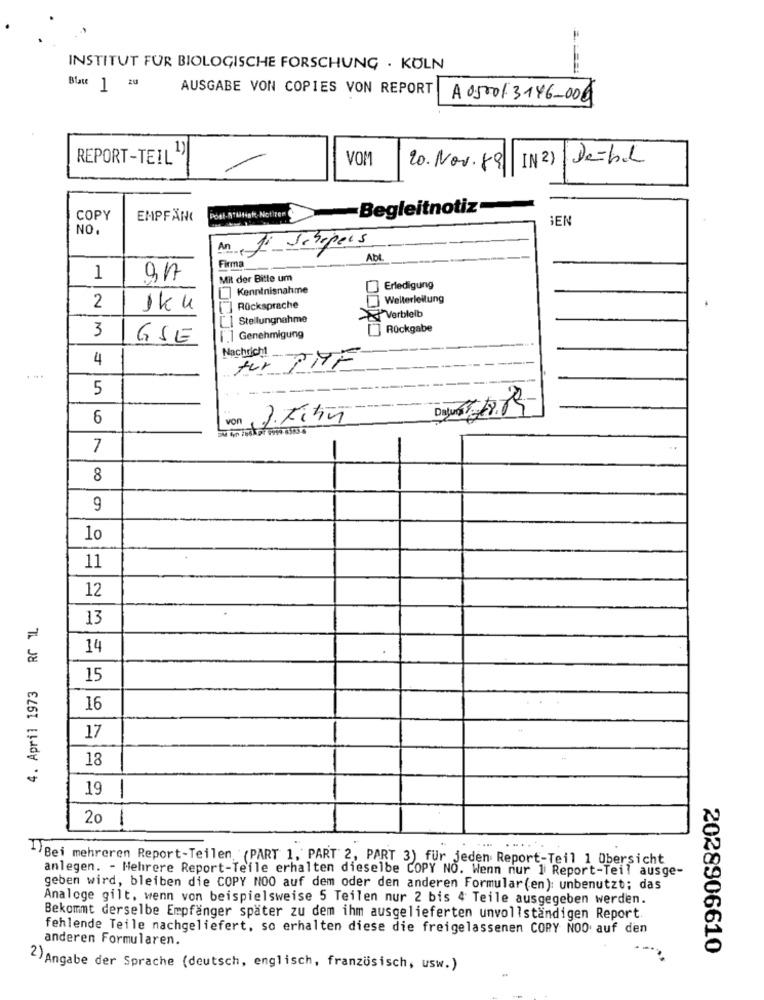
INSTITUT FUR BIOLOGISCHE FORSCHUNG . KÖLN
Blau ] 20
AUSGABE VON COPIES VON REPORT
A 05001 3146-000
REPORT-TEIL1)
VOM
De=bal
20. Nov.89 IN2)
Begleitnotiz
COPY
EMPFANG
Post-ATUtisk Notiren
IEN
NO.
An
J& Schipals
Firma
AbL
1
Mit der Bitte um
Kenntnisnahme
Erledigung
Weiterleitung
2
sku
Rücksprache
Stellungnahme
Verbleib
3
[] Rückgabe
GSE
[.] Genehmigung
4
Nachricht
für
-THE
5
6
von
3. Fity
7
8
9
10
11
12
4. April 1973 RC 1L
13
14
15
16
17
18
19
20
-
....
-)Bei mehreren Report-Teilen (PART 1, PART 2, PART 3) für jeden Report-Teil 1 Übersicht
anlegen. - Mehrere Report-Teile erhalten dieselbe COPY NO. Wenn nur 1 Report-Teil ausge-
geben wird, bleiben die COPY NOO auf dem oder den anderen Formular(en): unbenutzt; das
Analoge gilt, wenn von beispielsweise 5 Teilen nur 2 bis 4 Teile ausgegeben werden.
Bekommt derselbe Empfänger später zu dem ihm ausgelieferten unvollständigen Report.
fehlende Teile nachgeliefert, so erhalten diese die freigelassenen COPY NOO auf den
anderen Formularen.
2028906610
2) Angabe der Sprache (deutsch, englisch, französisch, usw.)